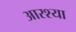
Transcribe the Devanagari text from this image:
आरश्या